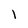
Character: I